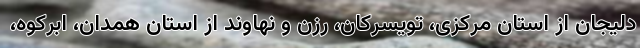
دلیجان از استان مرکزی، تویسرکان، رزن و نهاوند از استان همدان، ابرکوه،